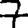
Digit: 7